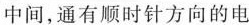
中间，通有顺时针方向的电